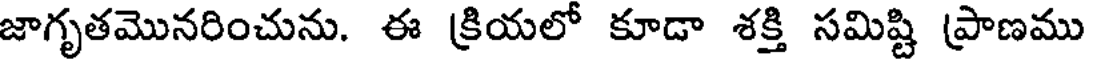
జాగృతమొనరించును. ఈ క్రియలో కూడా శక్తి సమిష్టి ప్రాణము